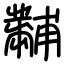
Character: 黼